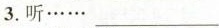
3.听……___